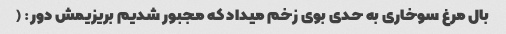
بال مرغ سوخاری به حدی بوی زخم میداد که مجبور شدیم بریزیمش دور: (